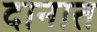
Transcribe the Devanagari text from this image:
दानात